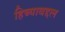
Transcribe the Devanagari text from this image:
हिच्याबद्दल